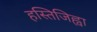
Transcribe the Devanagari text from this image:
हस्तिजिह्वा